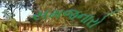
સમજનારો